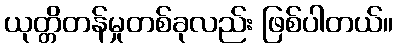
ယုတ္တိတန်မှုတစ်ခုလည်း ဖြစ်ပါတယ်။